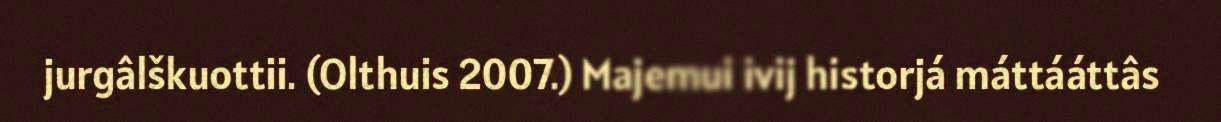
jurgâlškuottii. (Olthuis 2007.) Majemui ivij historjá máttááttâs